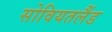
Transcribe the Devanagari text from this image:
सोवियतलैंड